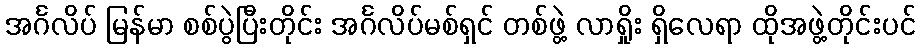
အင်္ဂလိပ် မြန်မာ စစ်ပွဲပြီးတိုင်း အင်္ဂလိပ်မစ်ရှင် တစ်ဖွဲ့ လာရှိုး ရှိလေရာ ထိုအဖွဲ့တိုင်းပင်